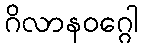
ဂိလာနဝဂ္ဂေါ